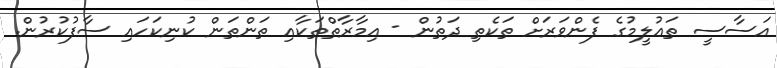
އަސާސީ ތަޢުލީމުގެ ފެންވަރަށް ތަކެތި ދަތުން - އިމާރާތްތަކާއި ތަންތަން ކުނިކަހައި ސާފުކުރުން.